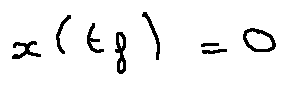
x ( t _ { f } ) = 0